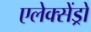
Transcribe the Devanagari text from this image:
एलेक्सेंड्रो